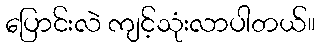
ပြောင်းလဲ ကျင့်သုံးလာပါတယ်။